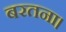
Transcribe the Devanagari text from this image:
बरतना।